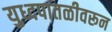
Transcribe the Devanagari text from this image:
युध्दपातळीवरून